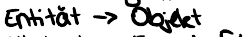
Entität -> Objekt